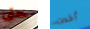
حتى أخدت